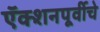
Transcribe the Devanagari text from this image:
ऍक्शनपूर्वीचे